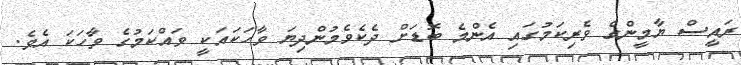
ރައީސް ޔާމީންގެ ވެރިކަމުގައި އެންމެ ބޮޑަށް ދެކެވެމުންދިޔަ ވާހަކައަކީ ވައްކަމުގެ ވާހަކަ އެވެ.